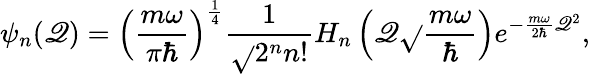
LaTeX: \psi_{n}(\mathscr{Q})=\left(\frac{{m\omega}}{{\pi\hbar}}\right)^{\frac{{1}}{{4}}}\frac{{1}}{{\sqrt{}{{2^{n}n!}}}}H_{n}\left(\mathscr{Q}\sqrt{}{{\frac{{m\omega}}{{\hbar}}}}\right)e^{-\frac{{m\omega}}{{2\hbar}}\mathscr{Q}^{2}},